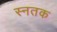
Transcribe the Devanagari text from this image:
स्नतक